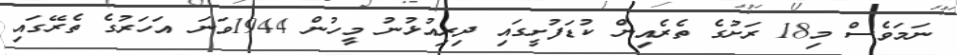
ނަމަވެސް މި18 ރަށުގެ ތެރެއިން ކުޑަފުށީގައި ދިރިއުޅުނު މީހުން 1944ވަނަ އަހަރުގެ ތެރޭގައި